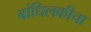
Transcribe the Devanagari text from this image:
बांधिलकीचा